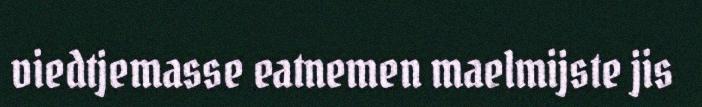
viedtjemasse eatnemen maelmijste jis